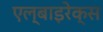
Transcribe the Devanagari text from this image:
एल्बाइरेक्स